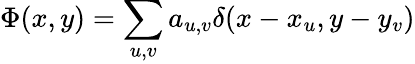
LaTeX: \Phi(x,y)=\sum_{u,v}a_{u,v}\delta(x-x_{u},y-y_{v})